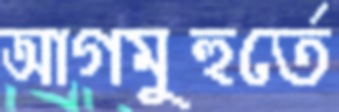
আগমুহুর্তে